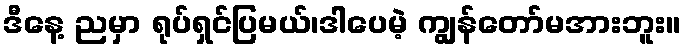
ဒီနေ့ ညမှာ ရုပ်ရှင်ပြမယ်၊ဒါပေမဲ့ ကျွန်တော်မအားဘူး။